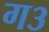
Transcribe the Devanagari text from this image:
ग३